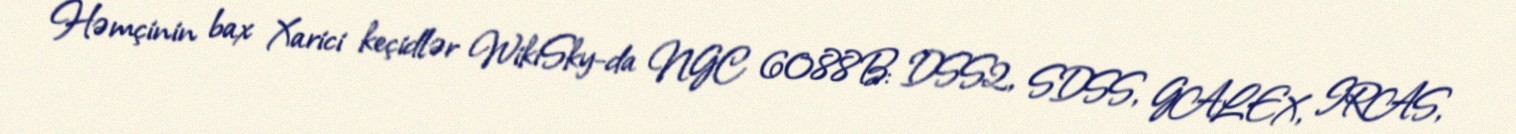
Həmçinin bax Xarici keçidlər WikiSky-da NGC 6088B: DSS2, SDSS, GALEX, IRAS,